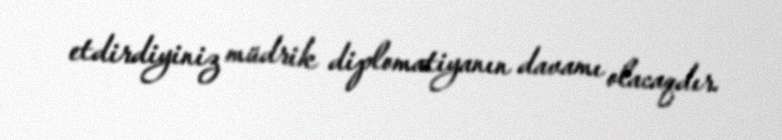
etdirdiyiniz müdrik diplomatiyanın davamı olacaqdır.